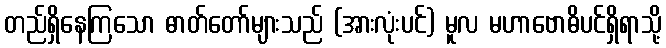
တည်ရှိနေကြသော ဓာတ်တော်များသည် (အားလုံးပင်) မူလ မဟာဗောဓိပင်ရှိရာသို့